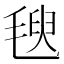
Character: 𣯁